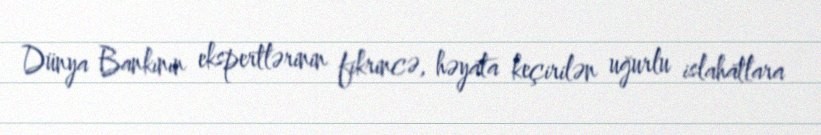
Dünya Bankının ekspertlərinin fikrincə, həyata keçirilən uğurlu islahatlara